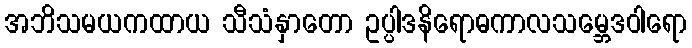
အဘိသမယကထာယ သီသံနှာတော ဥပ္ပါဒနိရောဓကာလသမ္ဘေဒဝါရော